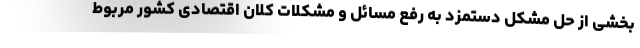
بخشی از حل مشکل دستمزد به رفع مسائل و مشکلات کلان اقتصادی کشور مربوط